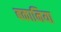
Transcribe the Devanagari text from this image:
बकानिया